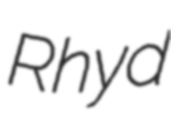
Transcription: Rhyd